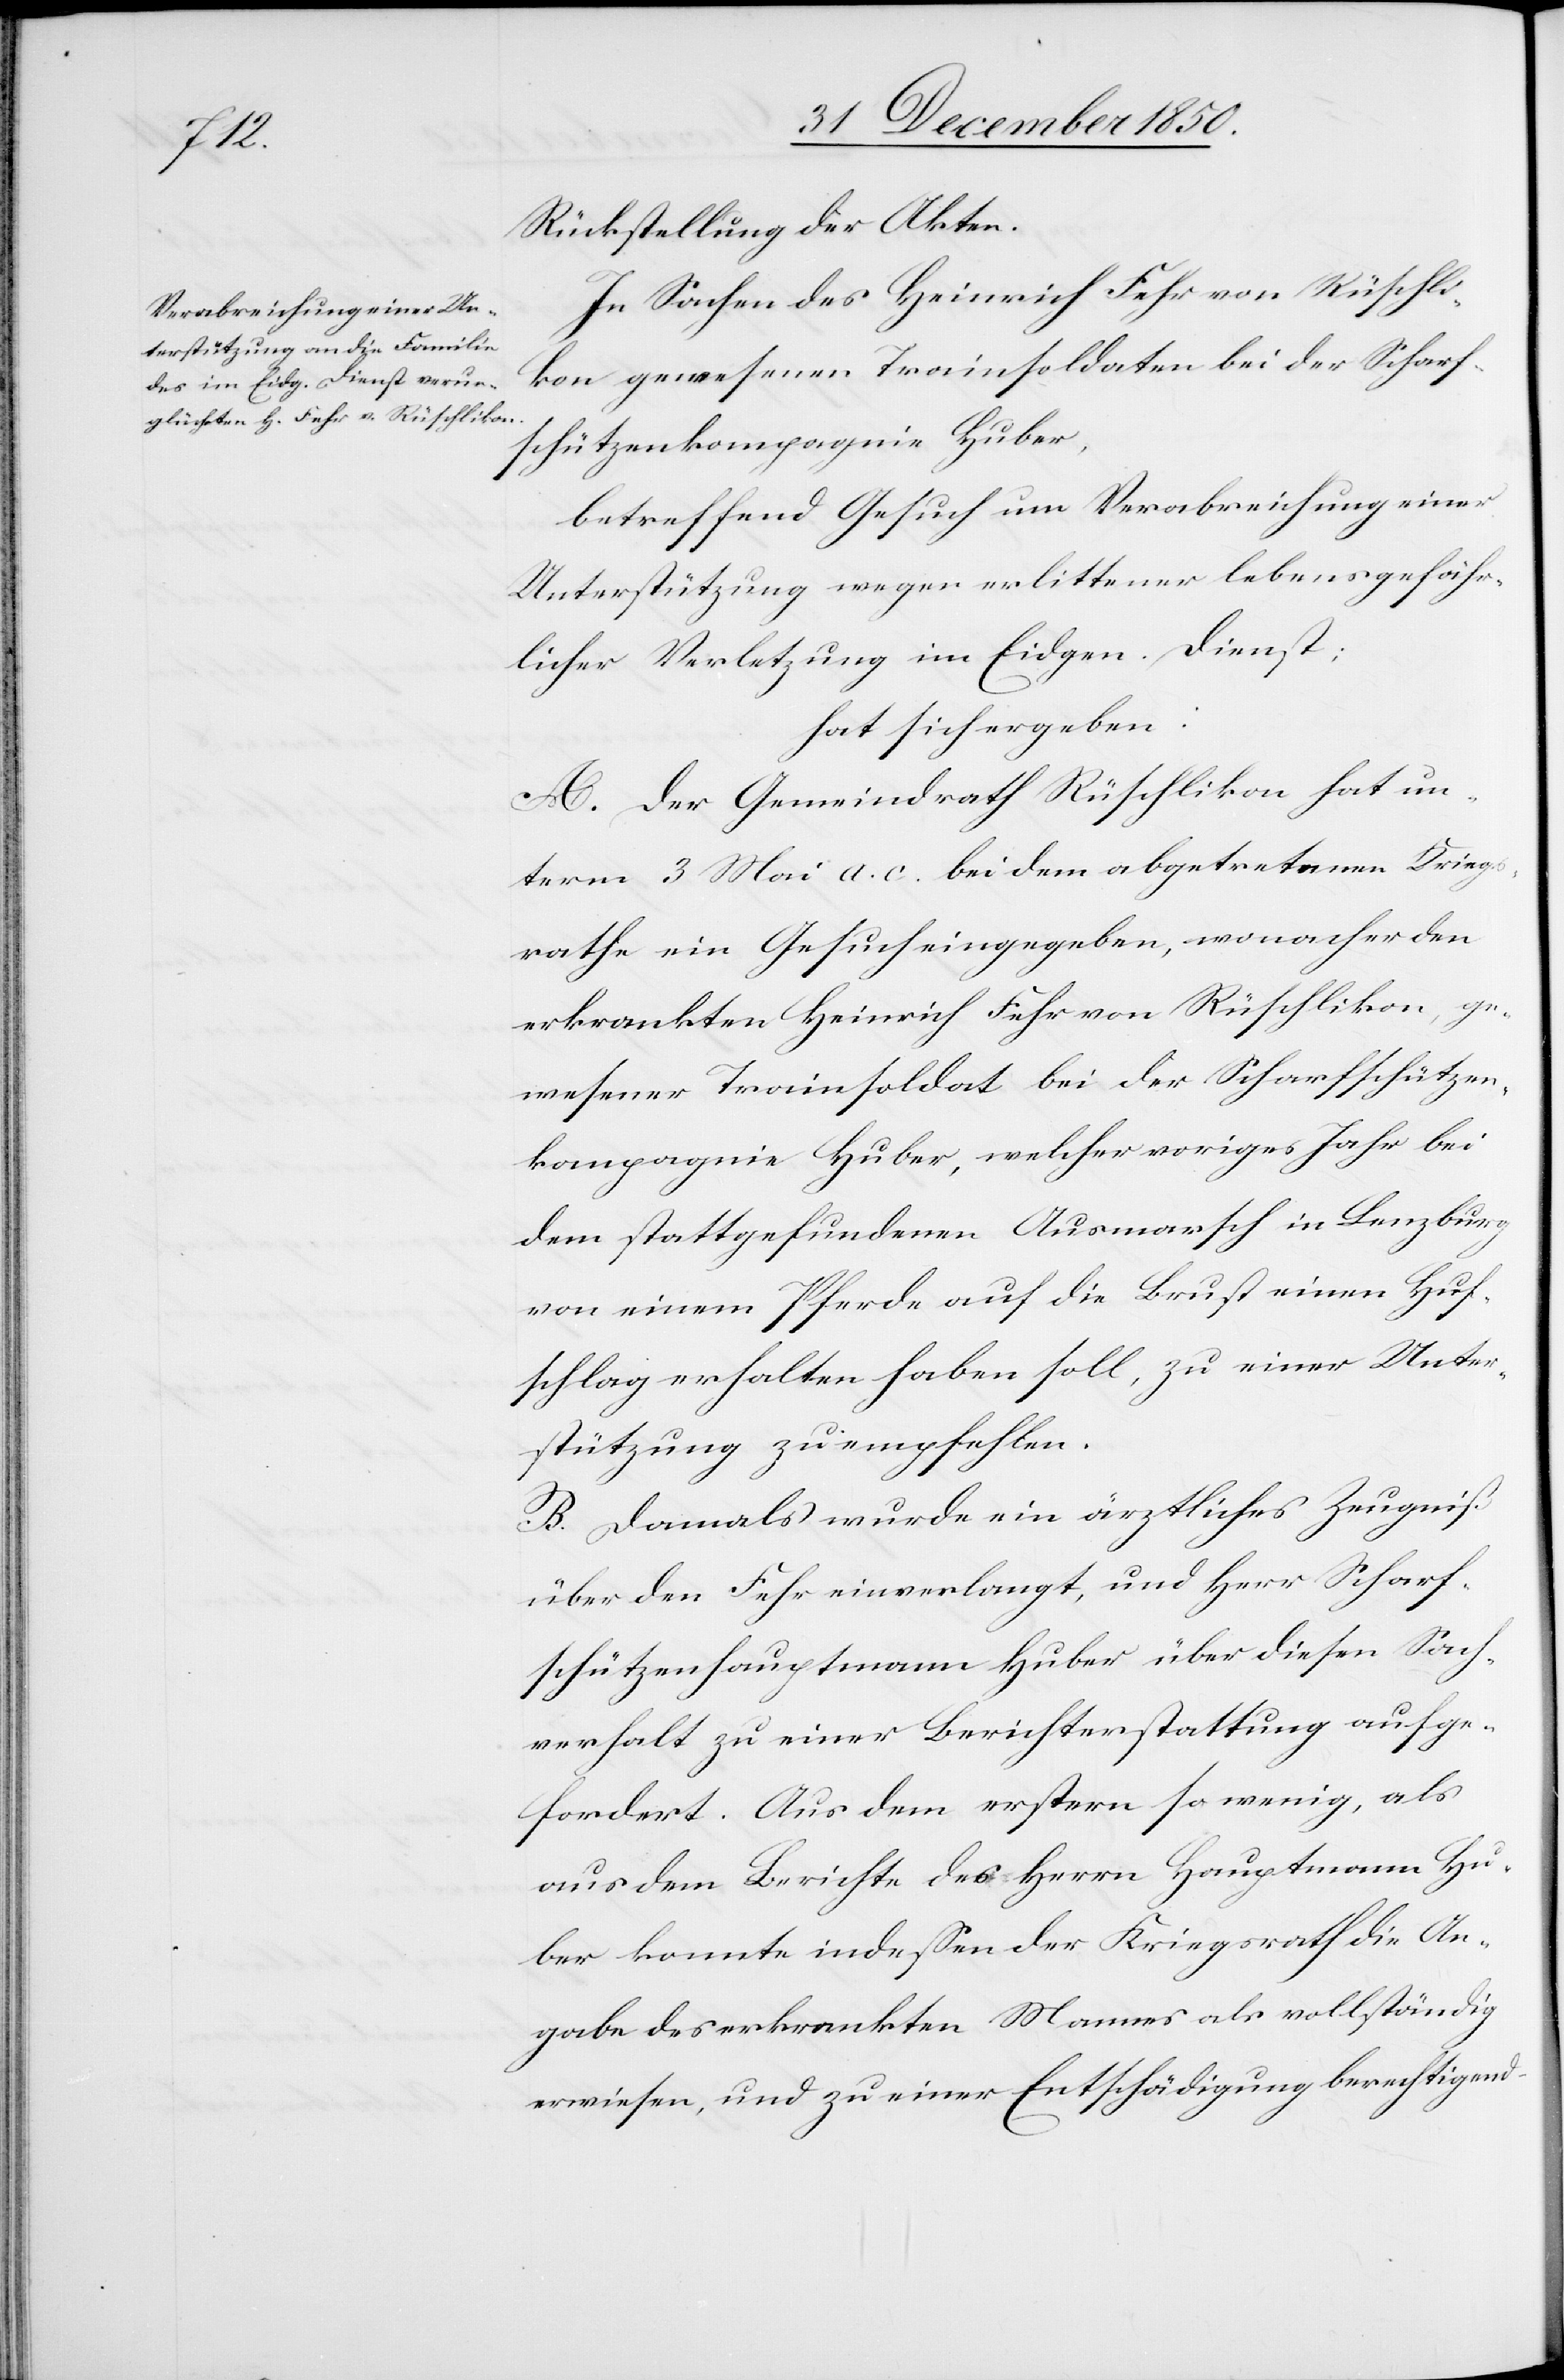
Rückstellung der Akten.
In Sachen des Heinrich Fehr von Rüschli¬
kon gewesenen Trainsoldaten bei der Scharf¬
schützenkompagnie Huber,
betreffend Gesuch um Verabreichung einer
Unterstützung wegen erlittener lebensgefähr¬
licher Verletzung im Eidgen. Dienst;
hat sich ergeben:
A. Der Gemeindrath Rüschlikon hat un¬
term 3 Mai a. c. bei dem abgetretenen Krieg¬
srathe ein Gesuch eingegeben, wonach er den
erkrankten Heinrich Fehr von Rüschlikon, ge¬
wesener Trainsoldat bei der Scharfschützen¬
kompagnie Huber, welcher voriges Jahr bei
dem stattgefundenen Ausmarsch in Lenzburg
von einem Pferde auf die Brust einen Huf¬
schlag erhalten haben soll, zu einer Unter¬
stützung zu empfehlen.
B. Damals wurde ein ärztliches Zeugniß
über den Fehr einverlangt, und Herr Scharf¬
schützenhauptmann Huber über diesen Sach¬
verhalt zu einer Berichterstattung aufge¬
fordert. Aus dem erstern so wenig, als
aus dem Berichte des Herrn Hauptmann Hu¬
ber konnte indessen der Kriegsrath die An¬
gabe des erkrankten Mannes als vollständig
erwiesen, und zu einer Entschädigung berechtigend